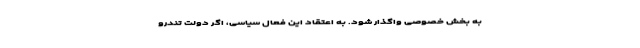
به بخش خصوصی واگذار شود. به اعتقاد این فعال سیاسی، اگر دولت تندرو